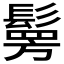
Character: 𩮒